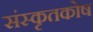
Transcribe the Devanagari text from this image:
संस्कृतकाेष